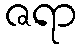
ဇရာ